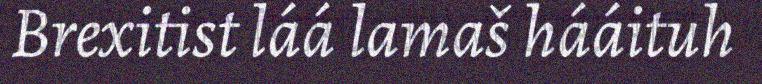
Brexitist láá lamaš hááituh